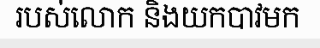
របស់លោក និងយកបាវមក